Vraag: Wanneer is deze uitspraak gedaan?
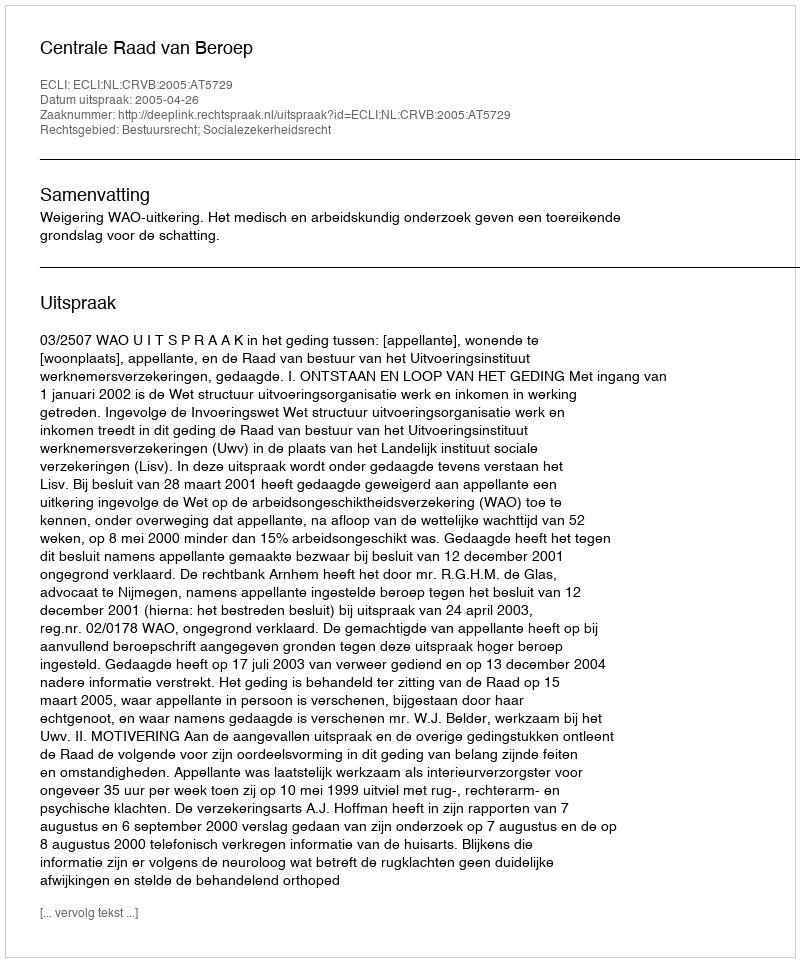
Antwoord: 2005-04-26